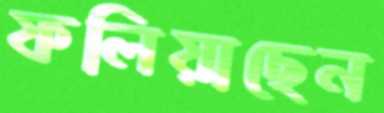
ফলিয়াছেন